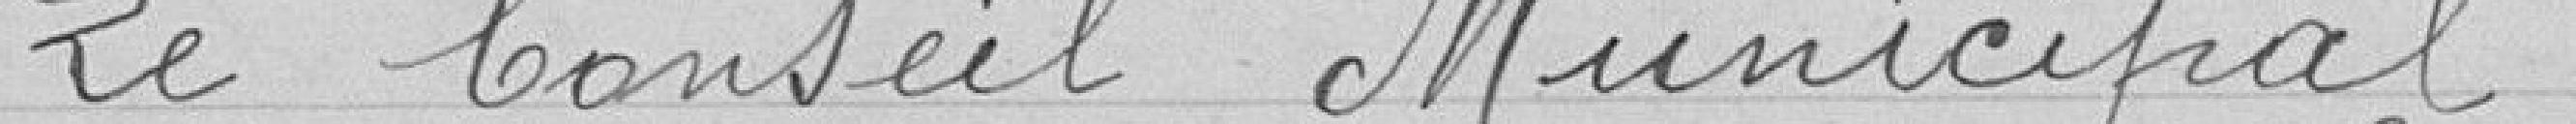
Le Conseil Municipal ,